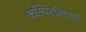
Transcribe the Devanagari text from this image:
कल्पितविचारों